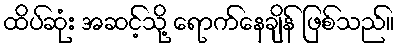
ထိပ်ဆုံး အဆင့်သို့ ရောက်နေချိန် ဖြစ်သည်။